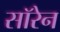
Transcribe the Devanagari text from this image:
सॉरेन